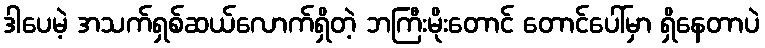
ဒါပေမဲ့ အသက်ရှစ်ဆယ်လောက်ရှိတဲ့ ဘကြီးမိုးတောင် တောင်ပေါ်မှာ ရှိနေတာပဲ